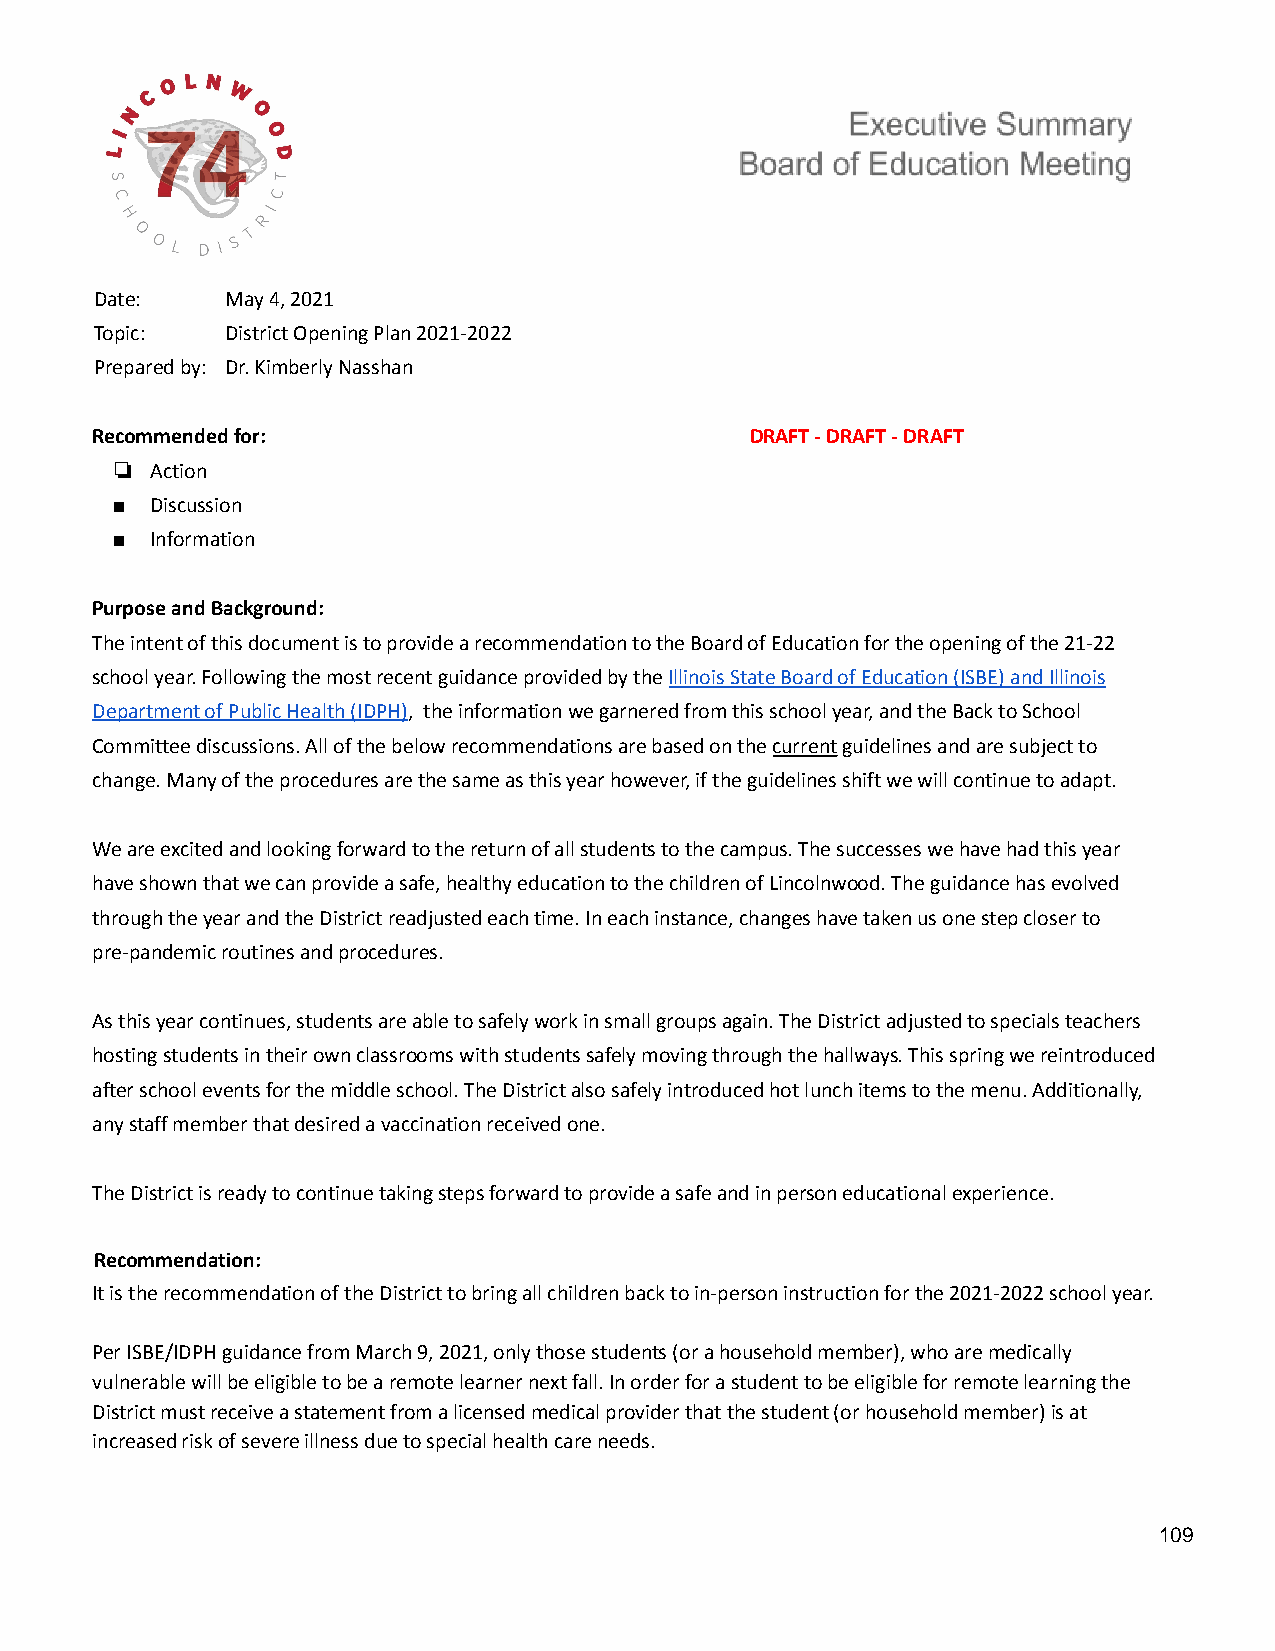
Date:    May 4, 2021
 Topic:   District Opening Plan 2021-2022
 Prepared by: Dr. Kimberly Nasshan
 Recommended for:                            DRAFT - DRAFT - DRAFT
 ❏  Action
 ■  Discussion
 ■  Information
 Purpose and Background:
 The intent of this document is to provide a recommendationto the Board of Education for the opening of the21-22
 school year. Following the most recent guidance providedby theIllinois State Board of Education (ISBE) andIllinois
 Department of Public Health (IDPH), the informationwe garnered from this school year, and the Back toSchool
 Committee discussions. All of the below recommendationsare based on thecurrentguidelines and are subjectto
 change. Many of the procedures are the same as thisyear however, if the guidelines shift we will continueto adapt.
 We are excited and looking forward to the return ofall students to the campus. The successes we havehad this year
 have shown that we can provide a safe, healthy educationto the children of Lincolnwood. The guidance hasevolved
 through the year and the District readjusted eachtime. In each instance, changes have taken us onestep closer to
 pre-pandemic routines and procedures.
 As this year continues, students are able to safelywork in small groups again. The District adjustedto specials teachers
 hosting students in their own classrooms with studentssafely moving through the hallways. This spring wereintroduced
 after school events for the middle school. The Districtalso safely introduced hot lunch items to the menu.Additionally,
 any staff member that desired a vaccination receivedone.
 The District is ready to continue taking steps forwardto provide a safe and in person educational experience.
 Recommendation:
 It is the recommendation of the District to bringall children back to in-person instruction for the2021-2022 school year.
 Per ISBE/IDPH guidance from March 9, 2021, only thosestudents (or a household member), who are medically
 vulnerable will be eligible to be a remote learnernext fall. In order for a student to be eligiblefor remote learning the
 District must receive a statement from a licensedmedical provider that the student (or household member)is at
 increased risk of severe illness due to special healthcare needs.
 109